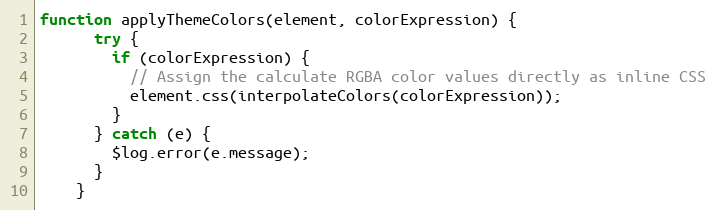
Language: JavaScript
function applyThemeColors(element, colorExpression) {
      try {
        if (colorExpression) {
          // Assign the calculate RGBA color values directly as inline CSS
          element.css(interpolateColors(colorExpression));
        }
      } catch (e) {
        $log.error(e.message);
      }
    }